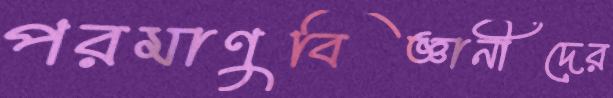
পরমাণুবিজ্ঞানীদের